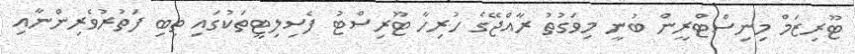
ޓޫރިޒަމް މިނިސްޓްރީން ބުނީ މިވަގުތު ރާއްޖޭގެ ހުރިހާ ޓޫރިސްޓު ފެސިލިޓީތަކުގައި ތިބި ފަތުރުވެރިންނާއި